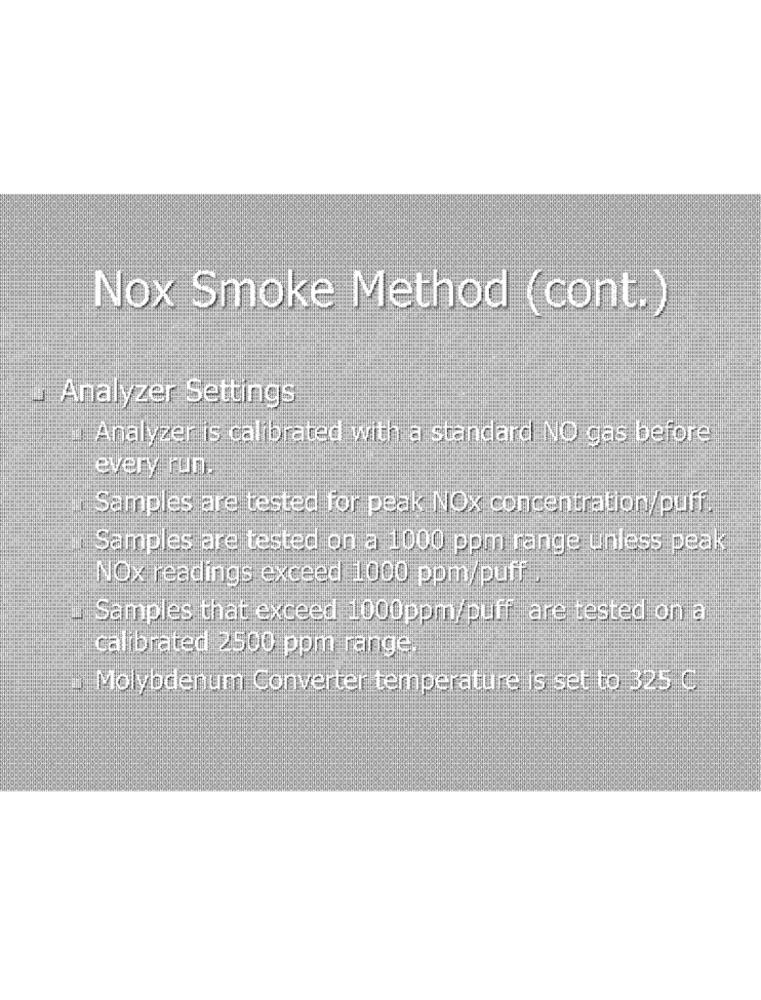
Nox Smoke Method (cont.)
Analyzer Settings
Analyzer is calibrated with a standard NO gas before
every run.
Samples are tested for peak NOx concentration/puff.
Samples are tested on a 1000 ppm range unless peak
NOx readings exceed 1000 ppm/puff.
Samples that exceed 1000ppm/puff are tested on a
calibrated 2500 ppm range.
Molybdenum Converter temperature is set to 325 C